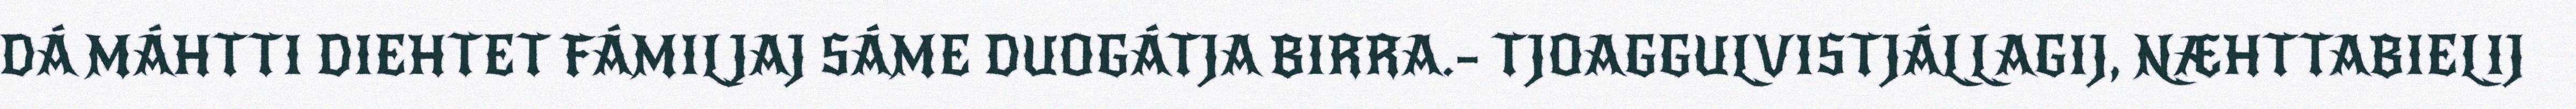
DÁ MÁHTTI DIEHTET FÁMILJAJ SÁME DUOGÁTJA BIRRA.– TJOAGGULVISTJÁLLAGIJ, NÆHTTABIELIJ